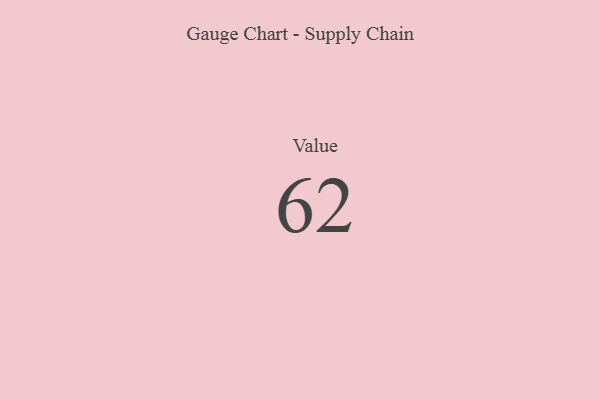
{"axis": {"x": "Metric", "y": "Value"}, "legend": [""], "data": [{"x": "Value", "y": 62, "type": ""}]}